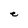
Character: e